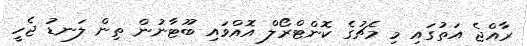
ރާއްޖެ އަތުގައި މި މެޗުގެ ކޮންޓްރޯލް އޮއްވައި ބޫޓާނުން ތިން ލަނޑު ޖެހީ